Vana-Antsla_vallavalitsus, lk 16
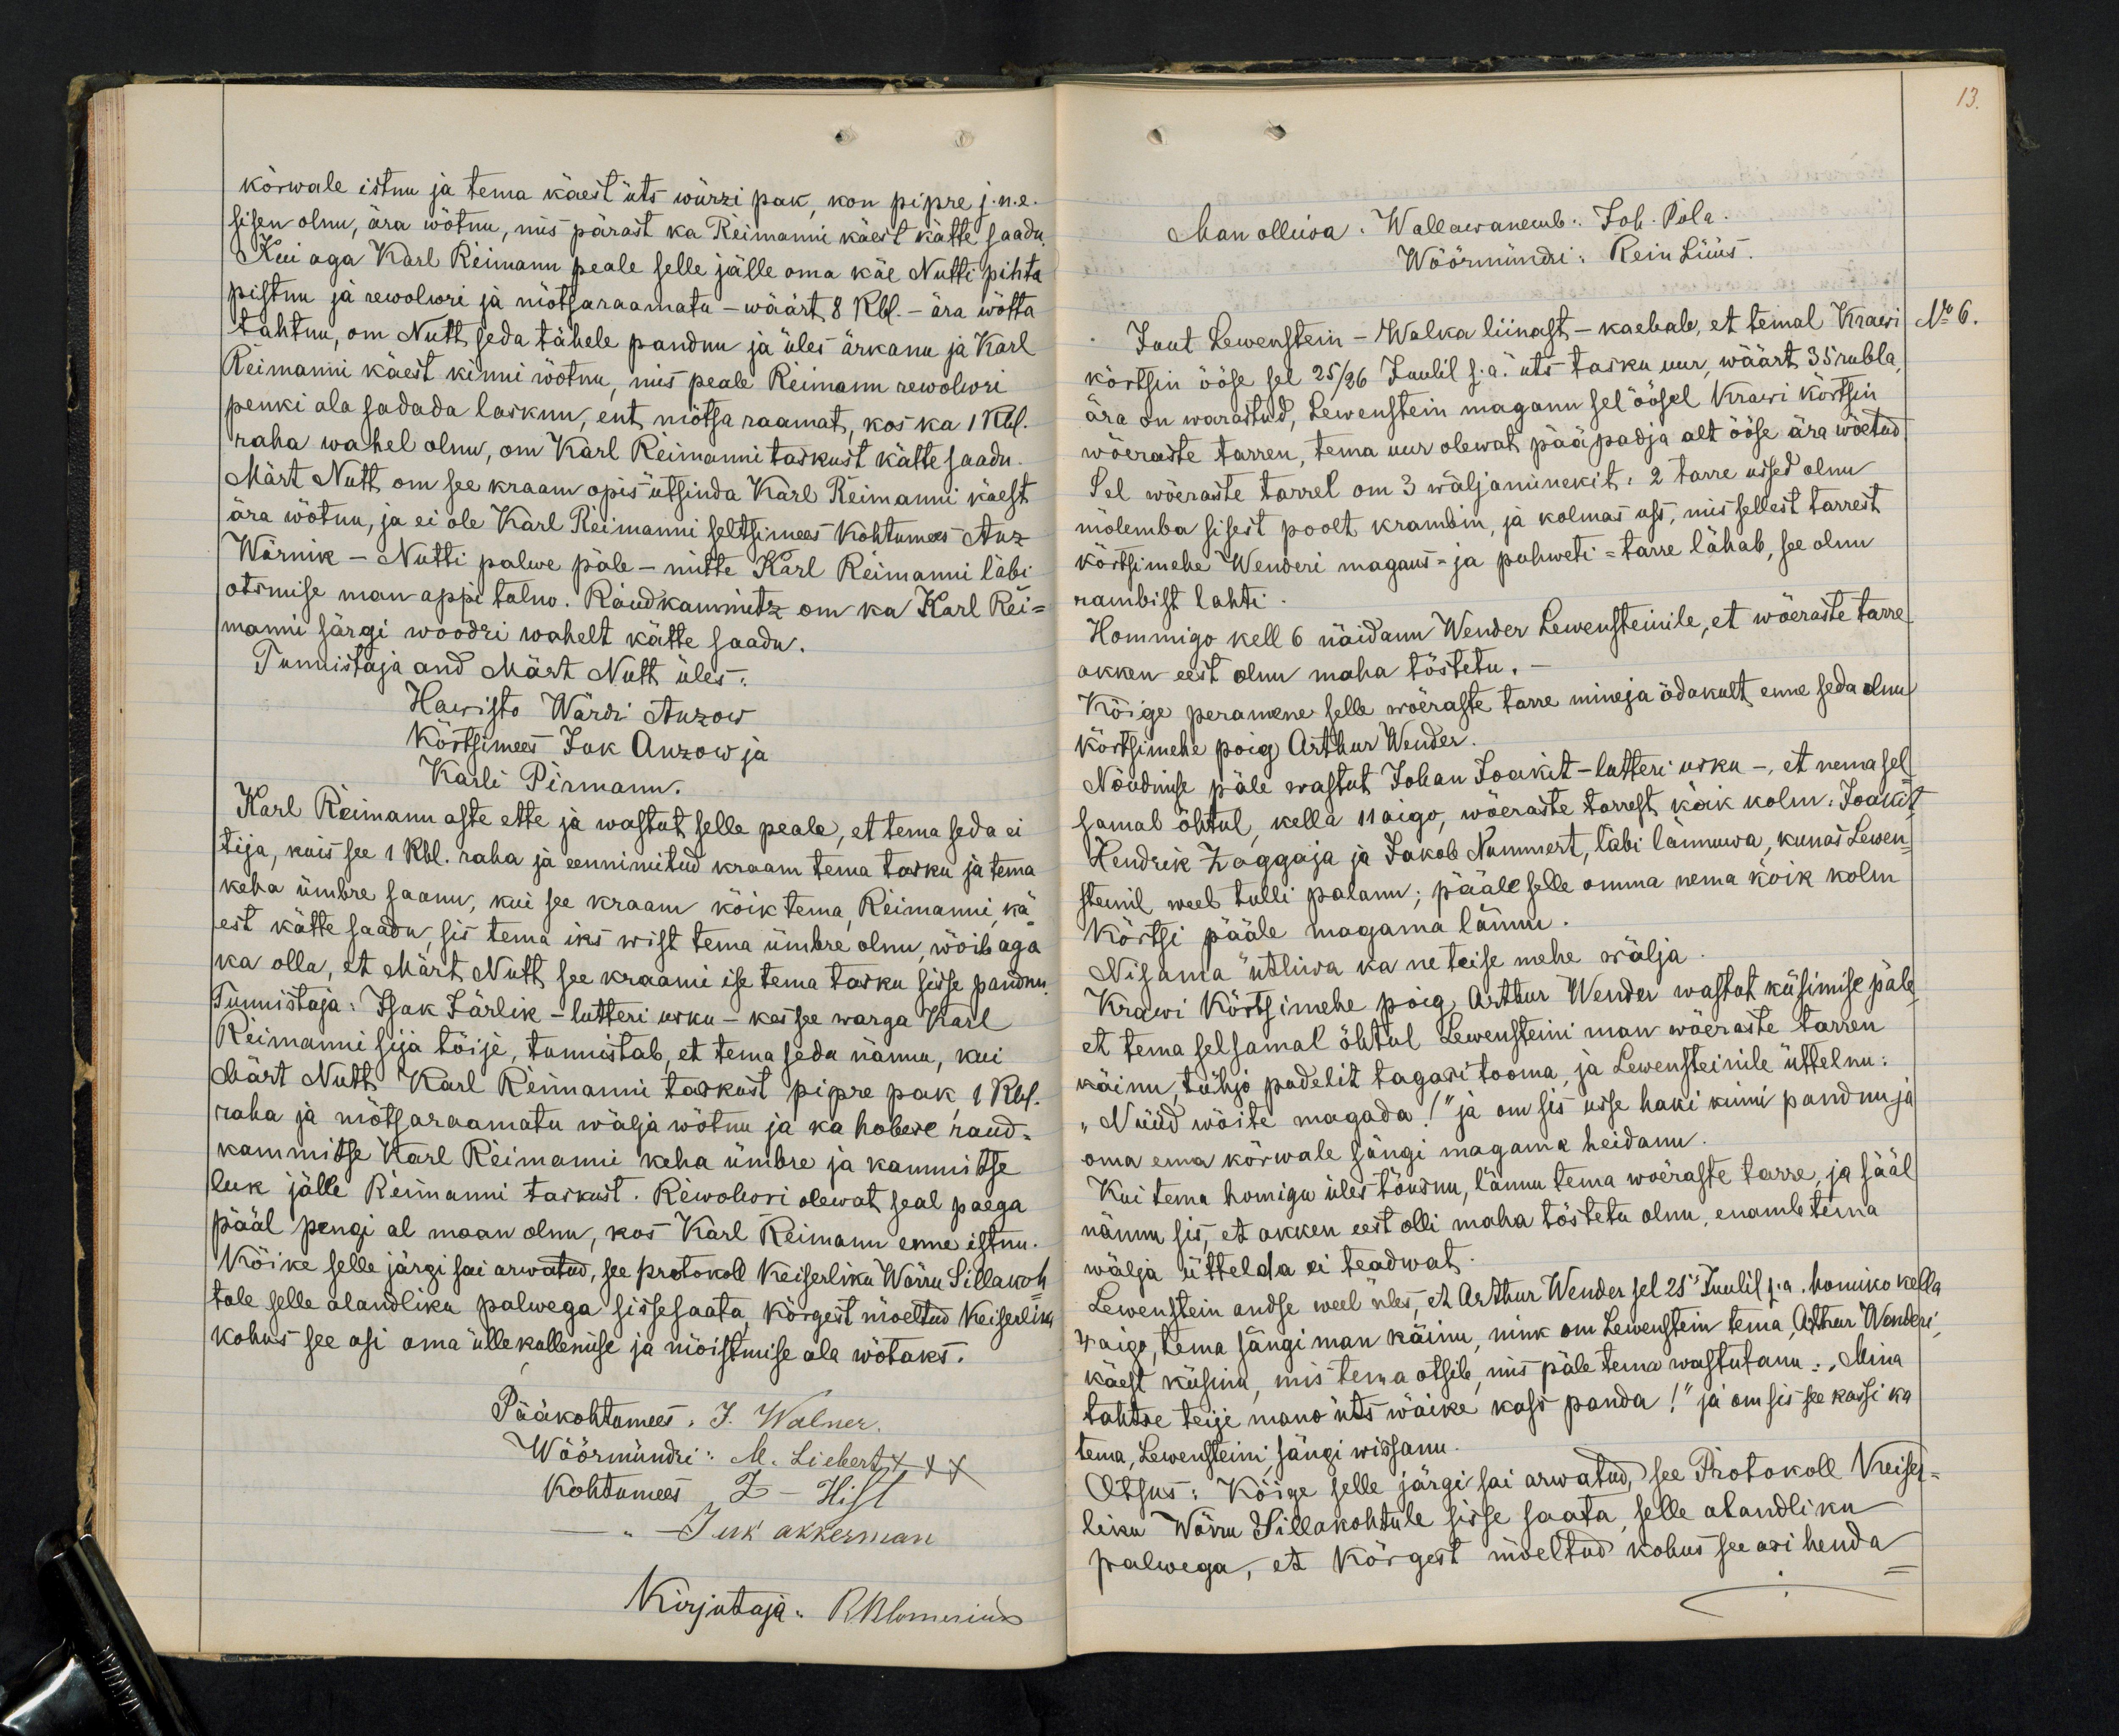
13.

kõrwale istnu ja tema käest üts würzi pak, kon pipre j.n.e.
sisen olnu, ära wõtnu, mis pärast ka Reimanni käest kätte saadu.
Kui aga Karl Reimann peale selle jälle oma käe Nutti pihta
pistnu ja rewolwri ja mõtsaraamatu - wäärt 8 Rbl - ära wõtta
tahtnu, om Nutt seda tähele pandnu ja üles ärkanu ja Karl
Reimanni käest kinni wõtnu, mis peale Reimann rewolwri
penki ala sadada lasknu, ent mõtsa raamat, kos ka 1 Rbl.
raha wahel olnu, om Karl Reimanni taskust kätte saadu.
Märt Nutt om see kraam opis ütsinda Karl Reimanni käest
ära wõtnu, ja ei ole Karl Reimanni seltsimees kohtumees Anz
Wärnik - Nutti palwe päle - mitte Karl Reimanni läbi
otsmise man appi tulno. Raudkammitz om ka Karl Rei-
manni särgi woodri wahelt kätte saadu.
Tunnistaja and Märt Nutt üles:
Hawisto Wärdi Anzow
Kõrtsimees Juk Anzow ja
Karli Pirmann.
Karl Reimann aste ette ja wastut selle peale, et tema seda ei
tija, kuis see 1 Rbl. raha ja eennimitud kraam tema tasku ja tema
keha ümbre saanu, kui see kraam kõik tema Reimanni, kä-
est kätte saadu, sis tema iks wist tema ümbre olnu, wõib aga
ka olla, et Märt Nutt see kraami ise tema tasku sisse pandnu
Tunnistaja: Isak Järlik - lutteri usku - kes see warga Karl
Reimanni sija tõise, tunnistab, et tema seda nännu, kui
Märt Nutt Karl Reimanni taskust pipre pak, 1 Rbl.
raha ja mõtsaraamatu wälja wõtnu ja ka hobese raud-
kammitse Karl Reimanni keha ümbre ja kammitse
luk jälle Reimanni taskust. Rewolwri olewat seal paega
pääl pengi al maan olnu, kos Karl Reimann enne istnu.
Kõike selle järgi sai arwatud, see protokoll Keiserliku Wõrru Sillakoh-
tole selle alandliku palwega sissesaata. Kõrgest mõeltud Keiserlik
kohus see asi oma ülle kullemise ja mõistmise ala wõtaks.
Pääkohtumees: J. Walner.
Wöörmündri: M. Liebert +++
Kohtumees Z - Hist
Juk akkerman
Kirjutaja RBlomeriu

Man olliwa. Wallawanemb: Joh. Pola.
Wõõrmündri: Rein Lüüs
Juut Lewenstein - Walka liinast - kaebab, et temal Krawi
No 6
kõrtsin ööse sel 25/26 Juulil s.a. üts tasku uur wäärt 35 rubla
ära on warastud, Lewenstein maganu sel öösel Krawi kõrtsin
wõeraste tarren, tema uur olewat pää padja alt ööse ära wõetud.
Sel wõeraste tarrel om 3 wäljaminekit: 2 tarre ussed olnu
mõlemba sisest poolt krambin, ja kolmas uss, mis sellest tarrest
kõrtsimehe Wenderi magaus- ja puhweti-tarre lähab, see olnu
rambist lahti.
Hommigo kell 6 näidanu Wenber Lewensteinile, et wõeraste tarre
akken eest olnu maha tõstetu.
Kõige peramene selle wõeraste tarre mineja õdakult enne seda olnu
kõrtsimehe poig Arthur Wender.
Nõudmise päle wastut Johan Joakit - lutteri usku -, et nema sel
samal õhtul kella 11 aigo, wõeraste tarrest kõik kolm: Joakit,
Hendrik Zaggaja ja Jakob Nummert, läbi lännuwa, kunas Lewen-
steinil weel tulli palanu; pääle selle omma nema kõik kolm
kõrtsi pääle magama lännu.
Nisama ütliwa ka ne teise mehe wälja
Krawi kõrtsimehe poig Arthur Wender wastat küsimise päle,
et tema selsamal õhtul Lewensteini man wõeraste tarren
näinu, tühjo pudelit tagasi tooma, ja Lewensteinile üttelnu:
"Nüüd wõite magada!" ja om sis usse haki kinni pandnu ja
oma ema kõrwale sängi magama heidanu.
Kui tema homiga üles tõusnu, lännu tema wõeraste tarre, ja sääl
nännu sis, et akken eest olli maha tõstetu olnu, enamb tema
wälja üttelda ei teadwat.
Lewenstein andse weel üles, et Arthur Wender sel 25 Juulil s.a. homiko kella
4 aigo, tema sängi man käinu, nink on Lewenstein tema, Arthur Wenderi
käest küsinu, mis tema otsib, mis päle tema wastutanu: „Mina
tahtse teije mano üts wäike kass panda!" ja om sis see kassi ka
tema, Lewensteini, sängi wissanu.
Otsus: Kõige selle järgi sai arwatud, see Protokoll Keiser-
liku Wõrru Sillakohtule sisse saata, selle alandliku
palwega, et kõrgest mõeltud kohus see asi henda